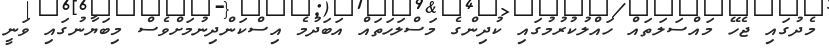
މެދުގައި ޖެހޭ މައްސަލަތައް ހައްލުކުރުމުގައި ކުދިންގެ މަސްލަހަތައް އަބަދުމެ އިސްކަންދިނުމަށްވެސް މިބަޔާނުގައި ވަނީ